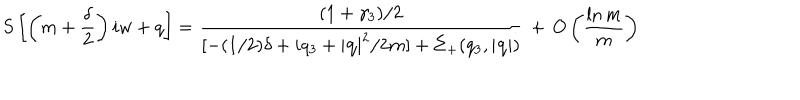
LaTeX: S \left[ \left( m + \frac { \delta } { 2 } \right) i w + q \right] = \frac { ( 1 + \gamma _ { 3 } ) / 2 } { [ - ( 1 / 2 ) \delta + i q _ { 3 } + \left| { \bf q } \right| ^ { 2 } / 2 m ] + \Sigma _ { + } ( q _ { 3 } , \left| { \bf q } \right| ) } \, + \, O \left( \frac { \ln m } { m } \right)